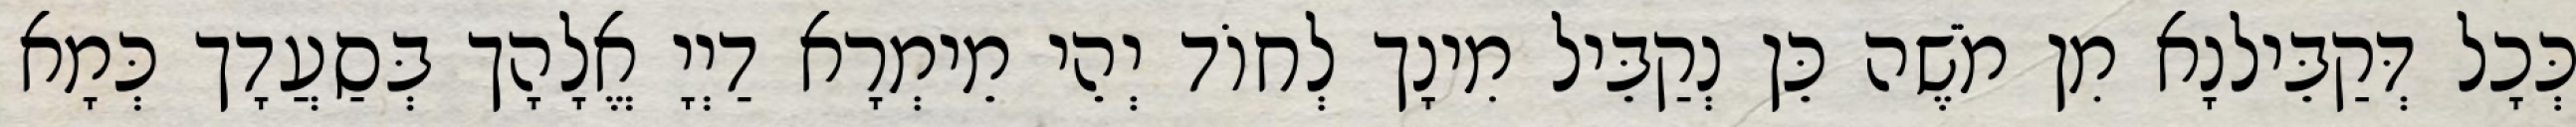
כְּכָל דְּקַבֵּילנָא מִן מֹשֶׁה כֵּן נְקַבֵּיל מִינָך לְחוֹד יְהֵי מֵימְרָא דַיְיָ אֱלָהָך בְּסַעֲדָך כְּמָא